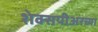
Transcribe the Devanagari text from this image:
शेक्सपीअरच्या